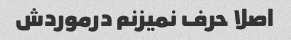
اصلا حرف نمیزنم درموردش